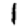
Digit: 1